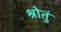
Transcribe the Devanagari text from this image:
श्रोतुं